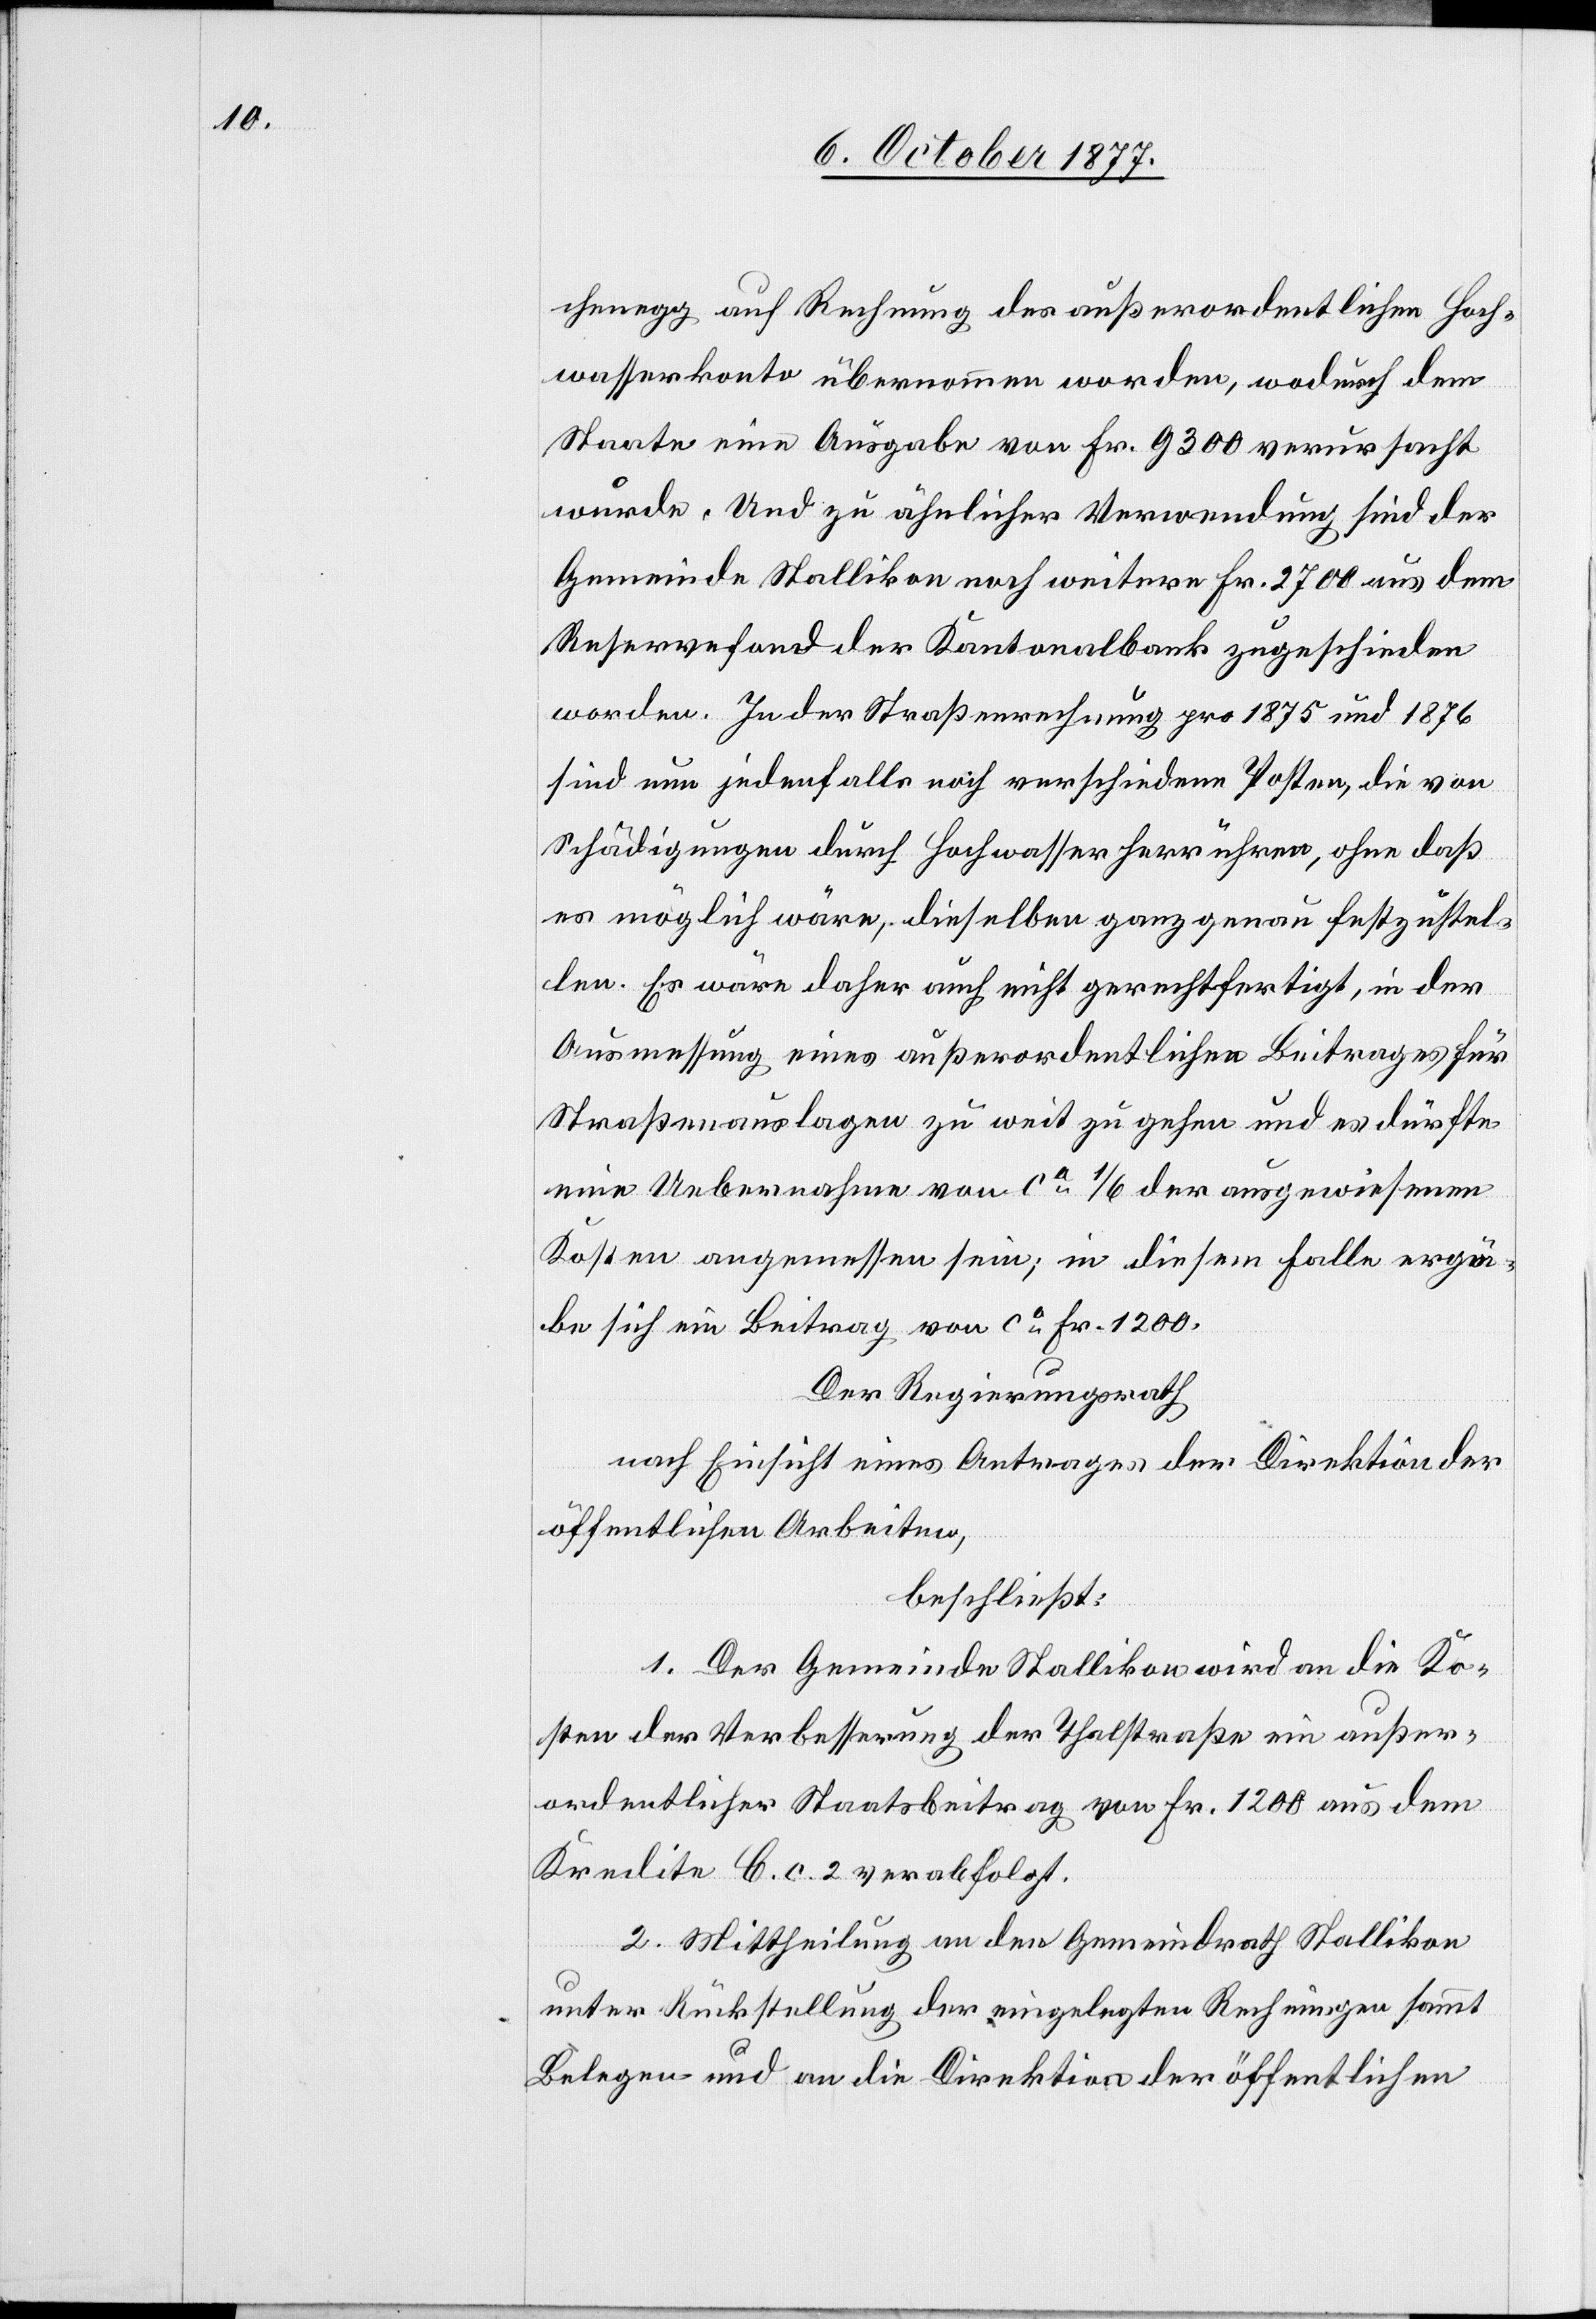
chenegg auf Rechnung des außerordentlichen Hoch¬
wasserkonto übernommen worden, wodurch dem
Staate eine Ausgabe von Fr. 9300 verursacht
wurde. Und zu ähnlicher Verwendung sind der
Gemeinde Stallikon noch weitere Fr. 2700 aus dem
Reservefond der Kantonalbank zugeschieden
worden. In der Straßenrechnung pro 1875 und 1876
sind nun jedenfalls noch verschiedene Posten, die von
Schädigungen durch Hochwasser herrühren, ohne daß
es möglich wäre, dieselben ganz genau festzustel¬
len. Es wäre daher auch nicht gerechtfertigt, in der
Ausmessung eines außerordentlichen Beitrages für
Straßenauslagen zu weit zu gehen und es dürfte
eine Uebernahme von ca 1/6 der ausgewiesenen
Kosten angemessen sein; in diesem Falle ergä¬
be sich ein Beitrag von ca Fr. 1200.
Der Regierungsrath
nach Einsicht eines Antrages der Direktion der
öffentlichen Arbeiten,
beschließt:
1. Der Gemeinde Stallikon wird an die Ko¬
sten der Verbesserung der Thalstraße ein außer¬
ordentlicher Staatsbeitrag von Fr. 1200 aus dem
Kredite C. c. 2 verabfolgt.
2. Mittheilung an den Gemeindrath Stallikon
unter Rückstellung der eingelegten Rechnungen sammt
Belegen und an die Direktion der öffentlichen